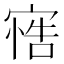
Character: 𭔋